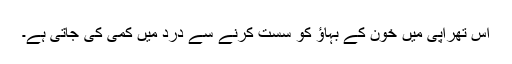
اس تھراپی میں خون کے بہاﺅ کو سست کرنے سے درد میں کمی کی جاتی ہے۔